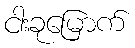
ငါးခုမြောက်